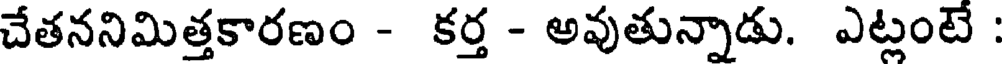
చేతననిమిత్తకారణం - కర్త - అవుతున్నాడు. ఎట్లంటే :